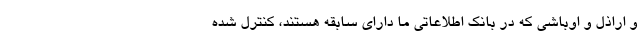
و اراذل و اوباشی که در بانک اطلاعاتی ما دارای سابقه هستند، کنترل شده